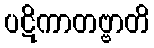
ပဋိကာတဗ္ဗာတိ